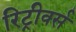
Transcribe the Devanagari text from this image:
रिट्रीवर्स